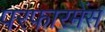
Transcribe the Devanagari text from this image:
परफारमेंस